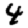
Digit: 4